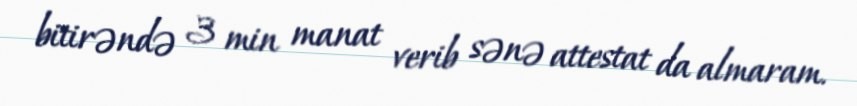
bitirəndə 3 min manat verib sənə attestat da almaram.